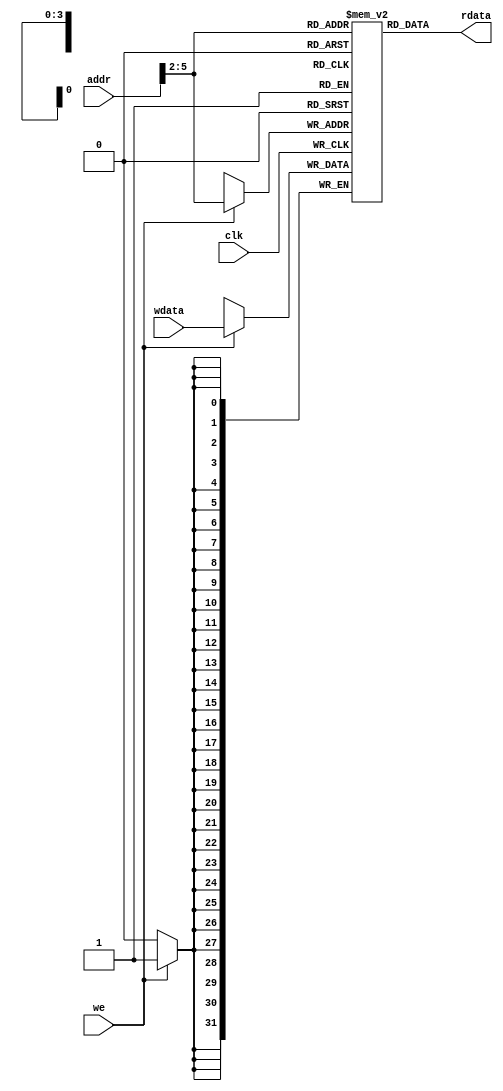
`timescale 1ns / 1ps

module Ram(
    input clk,          //
    input [5:0] addr,   //
    input [31:0] wdata, //
    input we,           //
    output [31:0] rdata //
);
    reg [31:0] data[0:15];              //4B*16=64B
    assign rdata=data[addr[5:2]];       //2^4=16
    always @(posedge clk)
        if(we) data[addr[5:2]]<=wdata;

//    initial
//        $monitor($time,,"ram we=%b wdata=%h",we,wdata);
endmodule